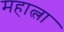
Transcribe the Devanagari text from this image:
महात्ला